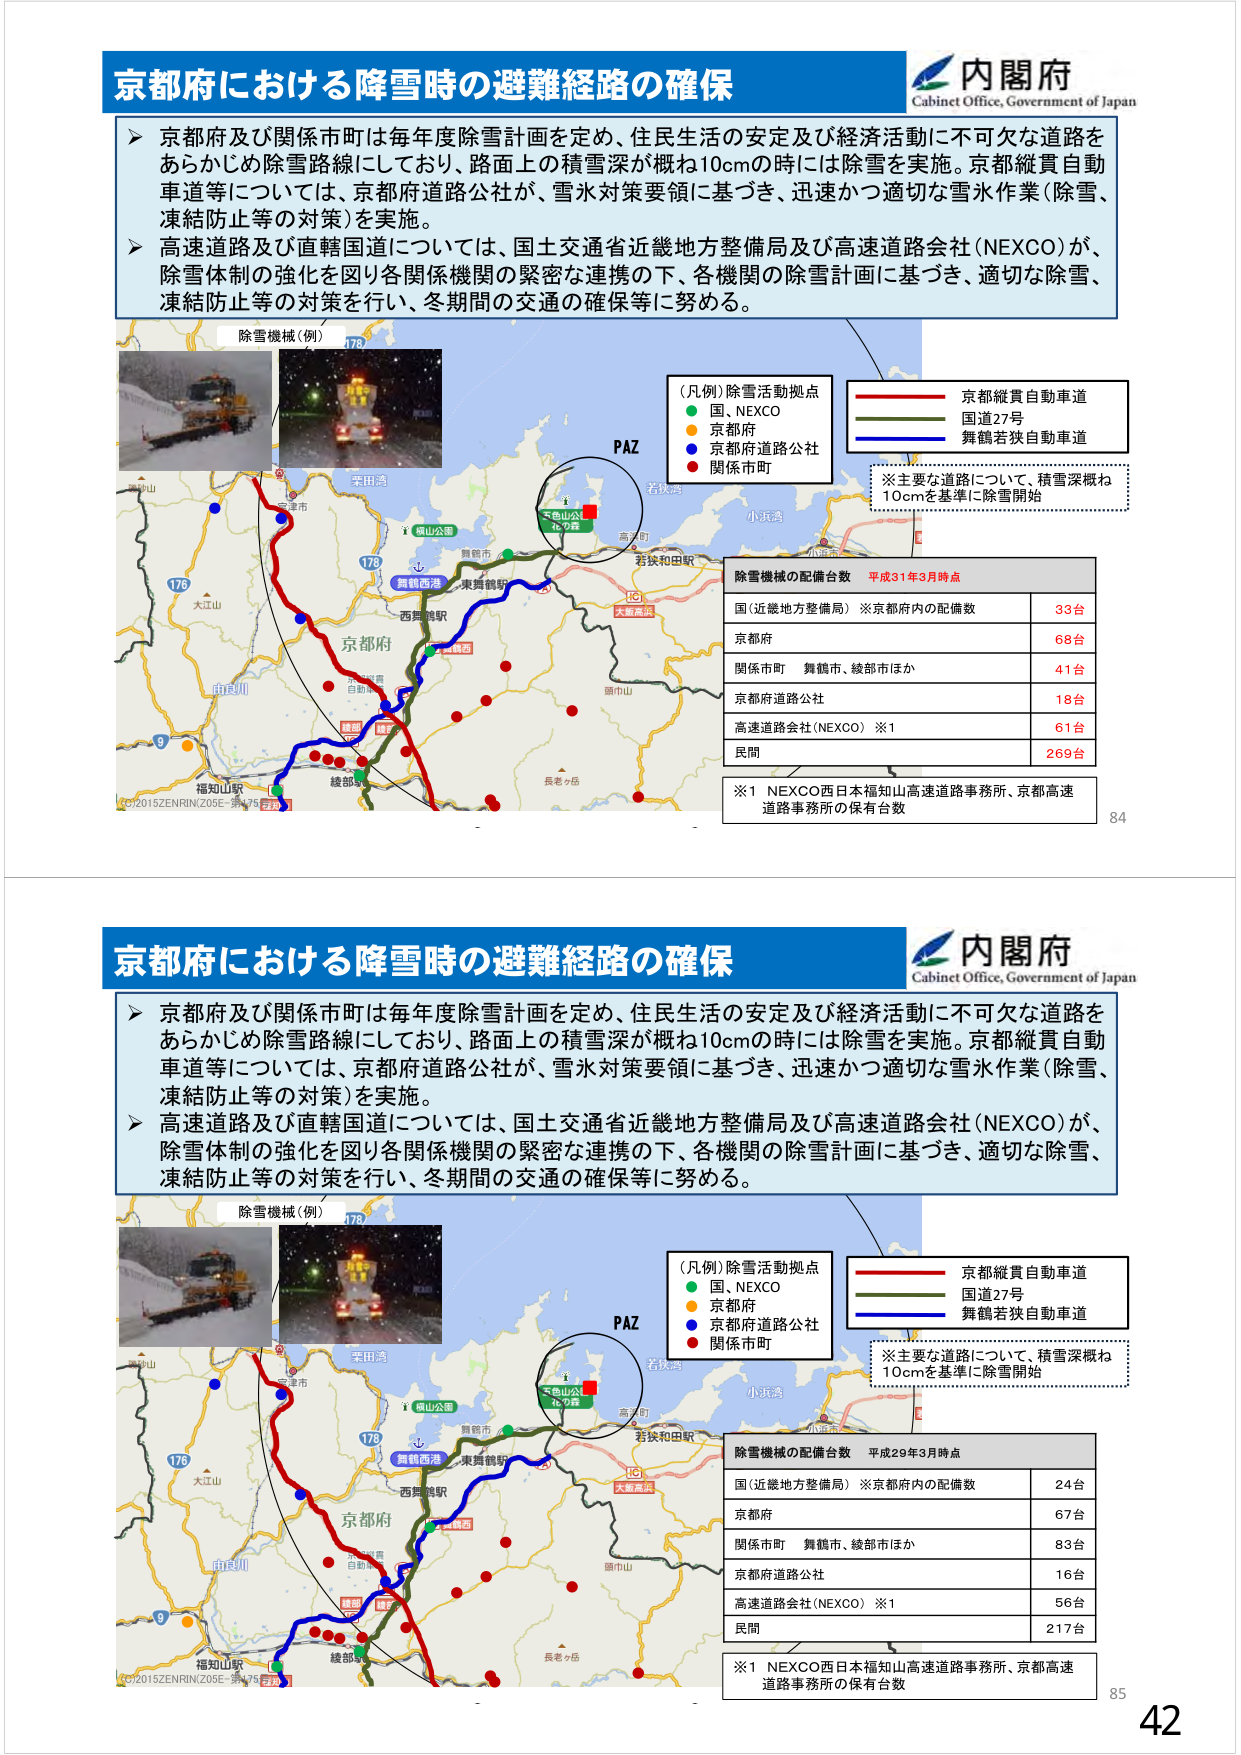
京都府における降雪時の避難経路の確保
内閣府
Cabinet Office, Government of Japan
京都府及び関係市町は毎年度除雪計画を定め、住民生活の安定及び経済活動に不可欠な道路を
あらかじめ除雪路線にしており、路面上の積雪深が概ね10cmの時には除雪を実施。京都縦貫自動
車道等については、京都府道路公社が、雪氷対策要領に基づき、迅速かつ適切な雪氷作業（除雪、
凍結防止等の対策）を実施。
高速道路及び直轄国道については、国土交通省近畿地方整備局及び高速道路会社（NEXCO）が、
除雪体制の強化を図り各関係機関の緊密な連携の下、各機関の除雪計画に基づき、適切な除雪、
凍結防止等の対策を行い、冬期間の交通の確保等に努める。
除雪機械（例）
（凡例）除雪活動拠点
国、NEXCO
京都府
京都府道路公社
関係市町
京都縦貫自動車道
国道27号
舞鶴若狭自動車道
※主要な道路について、積雪深概ね
10cmを基準に除雪開始
除雪機械の配備台数 平成31年3月時点
国（近畿地方整備局）※京都府内の配備数 33台
京都府 68台
関係市町 舞鶴市、綾部市ほか 41台
京都府道路公社 18台
高速道路会社（NEXCO）※1 61台
民間 269台
※1 NEXCO西日本福知山高速道路事務所、京都高速
道路事務所の保有台数
84
京都府における降雪時の避難経路の確保
内閣府
Cabinet Office, Government of Japan
京都府及び関係市町は毎年度除雪計画を定め、住民生活の安定及び経済活動に不可欠な道路を
あらかじめ除雪路線にしており、路面上の積雪深が概ね10cmの時には除雪を実施。京都縦貫自動
車道等については、京都府道路公社が、雪氷対策要領に基づき、迅速かつ適切な雪氷作業（除雪、
凍結防止等の対策）を実施。
高速道路及び直轄国道については、国土交通省近畿地方整備局及び高速道路会社（NEXCO）が、
除雪体制の強化を図り各関係機関の緊密な連携の下、各機関の除雪計画に基づき、適切な除雪、
凍結防止等の対策を行い、冬期間の交通の確保等に努める。
除雪機械（例）
（凡例）除雪活動拠点
国、NEXCO
京都府
京都府道路公社
関係市町
京都縦貫自動車道
国道27号
舞鶴若狭自動車道
※主要な道路について、積雪深概ね
10cmを基準に除雪開始
除雪機械の配備台数 平成29年3月時点
国（近畿地方整備局）※京都府内の配備数 24台
京都府 67台
関係市町 舞鶴市、綾部市ほか 83台
京都府道路公社 16台
高速道路会社（NEXCO）※1 56台
民間 217台
※1 NEXCO西日本福知山高速道路事務所、京都高速
道路事務所の保有台数
85
42